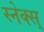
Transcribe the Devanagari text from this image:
स्नेक्स्